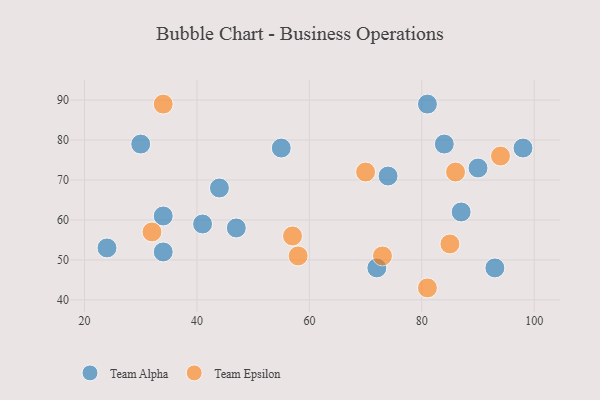
{"axis": {"x": "GDP", "y": "Life Expectancy"}, "legend": ["Team Alpha", "Team Epsilon"], "data": [{"x": "72", "y": 48, "type": "Team Alpha"}, {"x": "84", "y": 79, "type": "Team Alpha"}, {"x": "93", "y": 48, "type": "Team Alpha"}, {"x": "87", "y": 62, "type": "Team Alpha"}, {"x": "74", "y": 71, "type": "Team Alpha"}, {"x": "41", "y": 59, "type": "Team Alpha"}, {"x": "55", "y": 78, "type": "Team Alpha"}, {"x": "47", "y": 58, "type": "Team Alpha"}, {"x": "34", "y": 61, "type": "Team Alpha"}, {"x": "30", "y": 79, "type": "Team Alpha"}, {"x": "24", "y": 53, "type": "Team Alpha"}, {"x": "34", "y": 52, "type": "Team Alpha"}, {"x": "81", "y": 89, "type": "Team Alpha"}, {"x": "90", "y": 73, "type": "Team Alpha"}, {"x": "44", "y": 68, "type": "Team Alpha"}, {"x": "98", "y": 78, "type": "Team Alpha"}, {"x": "58", "y": 51, "type": "Team Epsilon"}, {"x": "86", "y": 72, "type": "Team Epsilon"}, {"x": "57", "y": 56, "type": "Team Epsilon"}, {"x": "94", "y": 76, "type": "Team Epsilon"}, {"x": "85", "y": 54, "type": "Team Epsilon"}, {"x": "70", "y": 72, "type": "Team Epsilon"}, {"x": "73", "y": 51, "type": "Team Epsilon"}, {"x": "81", "y": 43, "type": "Team Epsilon"}, {"x": "34", "y": 89, "type": "Team Epsilon"}, {"x": "32", "y": 57, "type": "Team Epsilon"}]}